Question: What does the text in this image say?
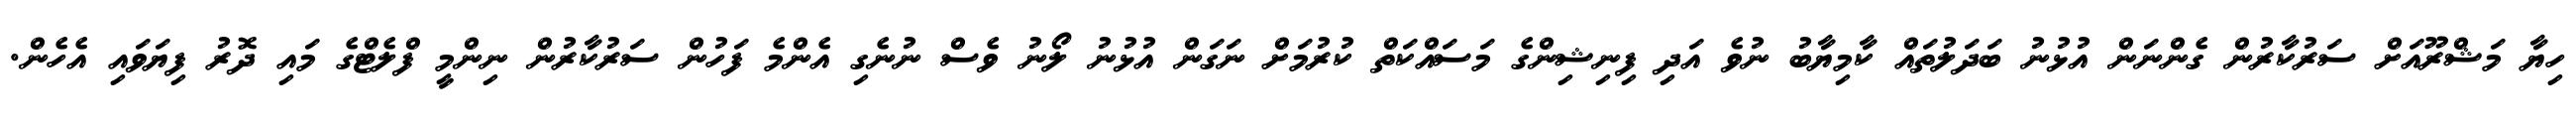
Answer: ހިޔާ މަޝްރޫއަށް ސަރުކާރުން ގެންނަން އުޅުނު ބަދަލުތައް ކާމިޔާބު ނުވެ އަދި ފިނިޝިންގެ މަސައްކަތް ކުރުމަށް ނަގަން އުޅުނު ލޯނު ވެސް ނުނެގި އެންމެ ފަހުން ސަރުކާރުން ނިންމީ ފްލެޓްގެ މައި ދޮރު ފިޔަވައި އެހެން.